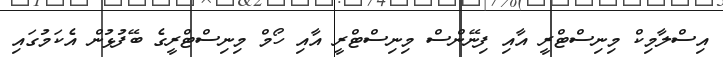
އިސްލާމިކް މިނިސްޓްރީ އާއި ފިނޭންސް މިނިސްޓްރީ އާއި ހޯމް މިނިސްޓްރީގެ ބޭފުޅުން އެކަމުގައި